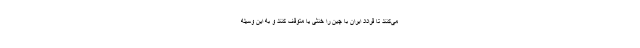
می‌کنند تا قراداد ایران با چین را خنثی یا متوقف کنند و به این وسیله